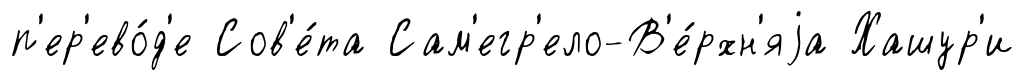
п'ер'ево́д'е Сов'е́та Сам'егр'ело-В'е́рхн'яjа Хашур'и